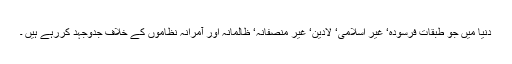
دنیا میں جو طبقات فرسودہ‘ غیر اسلامی‘ لادین‘ غیر منصفانہ‘ ظالمانہ اور آمرانہ نظاموں کے خلاف جدوجہد کررہے ہیں ۔